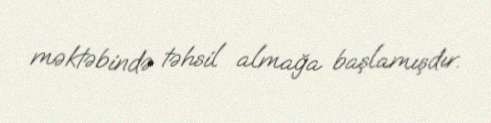
məktəbində təhsil almağa başlamışdır.